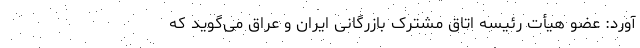
آورد: عضو هیأت رئیسه اتاق مشترک بازرگانی ایران و عراق می‌گوید که